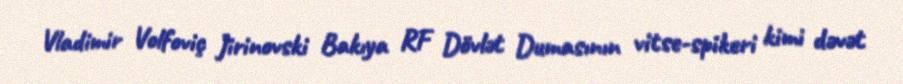
Vladimir Volfoviç Jirinovski Bakıya RF Dövlət Dumasının vitse-spikeri kimi dəvət